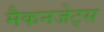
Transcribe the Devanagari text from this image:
मैकनजेट्स